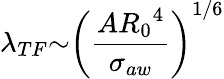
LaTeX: {\lambda}_{TF}{\sim}\left(\frac{A{R_{0}}^{4}}{{\sigma}_{aw}}\right)^{1/6}